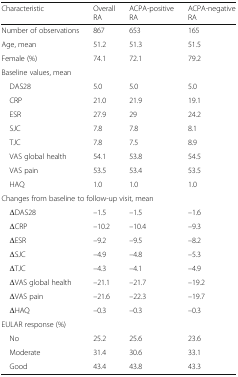
<table><thead><tr><td><b>Characteristic</b></td><td><b>Overall RA</b></td><td><b>ACPA-positive RA</b></td><td><b>ACPA-negative RA</b></td></tr></thead><tbody><tr><td>Number of observations</td><td>867</td><td>653</td><td>165</td></tr><tr><td>Age, mean</td><td>51.2</td><td>51.3</td><td>51.5</td></tr><tr><td>Female (%)</td><td>74.1</td><td>72.1</td><td>79.2</td></tr><tr><td colspan="4">Baseline values, mean</td></tr><tr><td> DAS28</td><td>5.0</td><td>5.0</td><td>5.0</td></tr><tr><td> CRP</td><td>21.0</td><td>21.9</td><td>19.1</td></tr><tr><td> ESR</td><td>27.9</td><td>29</td><td>24.2</td></tr><tr><td> SJC</td><td>7.8</td><td>7.8</td><td>8.1</td></tr><tr><td> TJC</td><td>7.8</td><td>7.5</td><td>8.9</td></tr><tr><td> VAS global health</td><td>54.1</td><td>53.8</td><td>54.5</td></tr><tr><td> VAS pain</td><td>53.5</td><td>53.4</td><td>53.5</td></tr><tr><td> HAQ</td><td>1.0</td><td>1.0</td><td>1.0</td></tr><tr><td colspan="4">Changes from baseline to follow-up visit, mean</td></tr><tr><td> ΔDAS28</td><td>–1.5</td><td>–1.5</td><td>–1.6</td></tr><tr><td> ΔCRP</td><td>–10.2</td><td>–10.4</td><td>–9.3</td></tr><tr><td> ΔESR</td><td>–9.2</td><td>–9.5</td><td>–8.2</td></tr><tr><td> ΔSJC</td><td>–4.9</td><td>–4.8</td><td>–5.3</td></tr><tr><td> ΔTJC</td><td>–4.3</td><td>–4.1</td><td>–4.9</td></tr><tr><td> ΔVAS global health</td><td>–21.1</td><td>–21.7</td><td>–19.2</td></tr><tr><td> ΔVAS pain</td><td>–21.6</td><td>–22.3</td><td>–19.7</td></tr><tr><td> ΔHAQ</td><td>–0.3</td><td>–0.3</td><td>–0.3</td></tr><tr><td colspan="4">EULAR response (%)</td></tr><tr><td> No</td><td>25.2</td><td>25.6</td><td>23.6</td></tr><tr><td> Moderate</td><td>31.4</td><td>30.6</td><td>33.1</td></tr><tr><td> Good</td><td>43.4</td><td>43.8</td><td>43.3</td></tr></tbody></table>